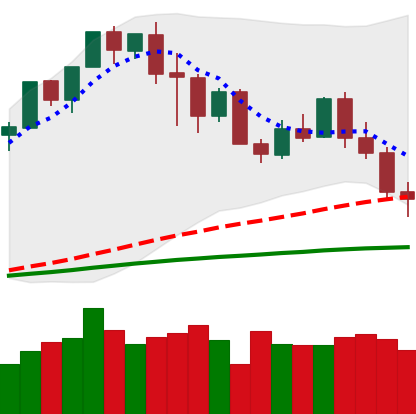
Ticker: XMR-USD
Chart end date: 2020-02-27
Forward return: -5.434%
Label: down_5_7